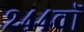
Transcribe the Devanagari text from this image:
२४४वॉ